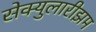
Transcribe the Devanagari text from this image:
सेक्युलारीझम